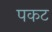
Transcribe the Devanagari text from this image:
पकट